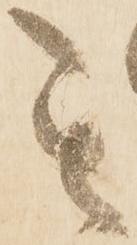
其